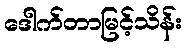
ဒေါက်တာမြင့်သိန်း